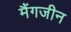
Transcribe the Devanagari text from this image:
मैंगजीन